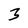
Character: 3